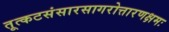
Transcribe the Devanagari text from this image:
तूत्कटसंसारसागरोत्तारणक्षमः